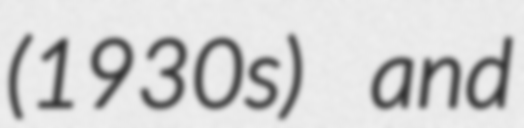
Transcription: (1930s) and